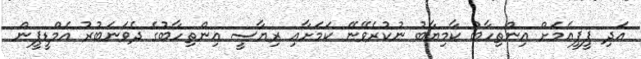
އަދި ޕީޕީއެމަށް އިންތިހާބު ކާމިޔާބު ނުކުރެވޭނޭ ކަމަށާއި ރިޔާސީ އިންތިހާބުގެ ދެވަނަބުރު އެމްޑީޕީން